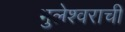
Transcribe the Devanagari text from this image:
भुलेश्वराची